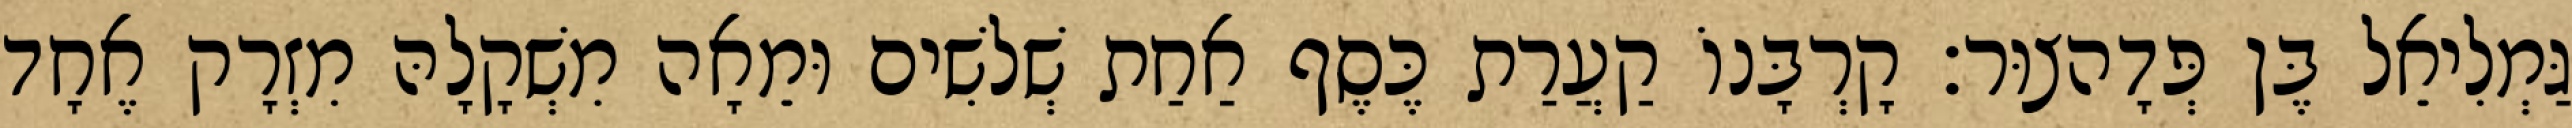
גַּמְלִיאֵל בֶּן פְּדָהצוּר׃ קָרְבָּנוֹ קַעֲרַת כֶּסֶף אַחַת שְׁלשִׁים וּמֵאָה מִשְׁקָלָהּ מִזְרָק אֶחָד